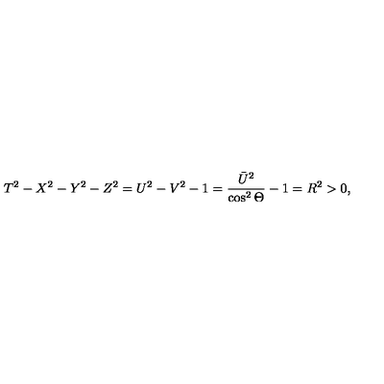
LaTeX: T ^ { 2 } - X ^ { 2 } - Y ^ { 2 } - Z ^ { 2 } = U ^ { 2 } - V ^ { 2 } - 1 = \frac { \bar { U } ^ { 2 } } { \cos ^ { 2 } \Theta } - 1 = R ^ { 2 } > 0 ,